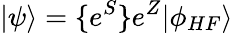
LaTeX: |\psi\rangle=\{ e^{S}\} e^{Z}|\phi_{HF}\rangle